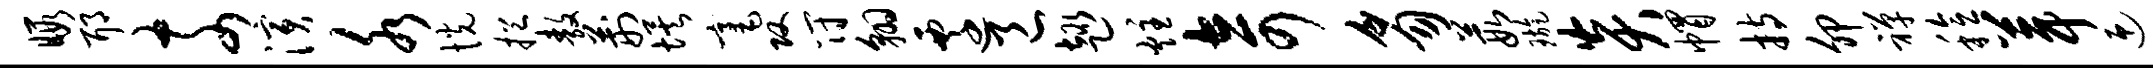
暇耶奈演水恍挹敖荆埃毫攻符翱迁邑趣炷奇豸葭璇炎帽持卯禅稔葺迎